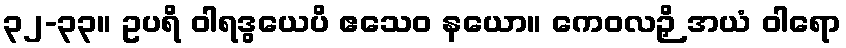
၃၂-၃၃။ ဥပရိ ဝါရဒွယေပိ ဧသေဝ နယော။ ကေဝလဉှိ အယံ ဝါရော